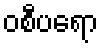
ဝစီပရော